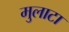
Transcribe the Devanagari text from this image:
मुलाटा